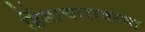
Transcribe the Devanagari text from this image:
हिंसाचारावरचा